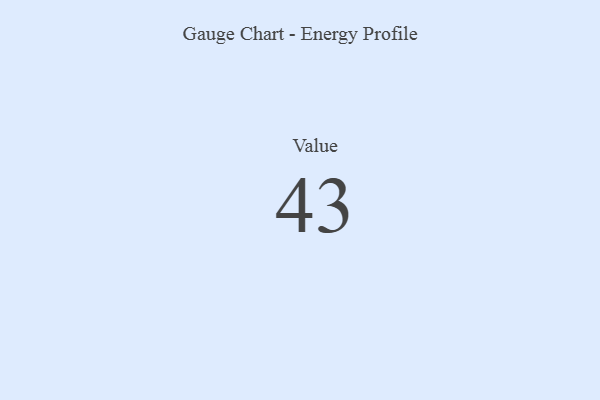
{"axis": {"x": "Metric", "y": "Value"}, "legend": [""], "data": [{"x": "Value", "y": 43, "type": ""}]}